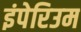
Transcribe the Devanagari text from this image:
इंपेरिउम